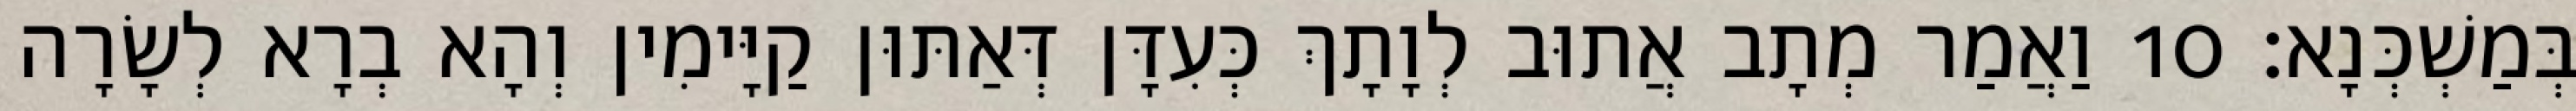
בְּמַשְׁכְּנָא׃ 10 וַאֲמַר מְתָב אֲתוּב לְוָתָךְ כְּעִדָּן דְּאַתּוּן קַיָּימִין וְהָא בְרָא לְשָׂרָה